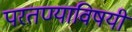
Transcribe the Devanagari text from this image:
परतण्याविषयी